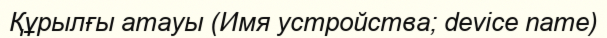
Құрылғы атауы (Имя устройства; device name)